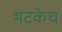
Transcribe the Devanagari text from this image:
भटकेच